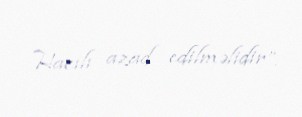
Hacılı azad edilməlidir”.